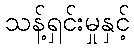
သန့်ရှင်းမှုနှင့်